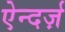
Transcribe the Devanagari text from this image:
ऐन्दर्ज़